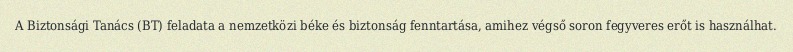
A Biztonsági Tanács (BT) feladata a nemzetközi béke és biztonság fenntartása, amihez végső soron fegyveres erőt is használhat.